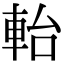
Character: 軩